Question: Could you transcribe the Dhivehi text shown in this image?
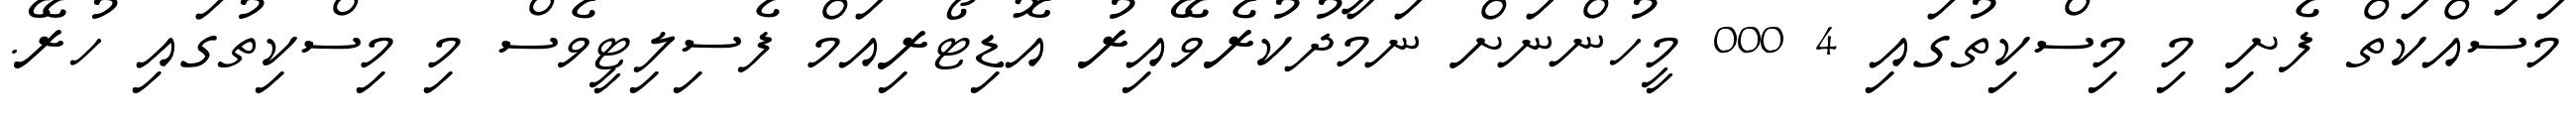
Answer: މަސައްކަތް ފެށި މި މިސްކިތުގައި 4 000 މީހުންނަށް ނަމާދުކުރެވޭއިރު އޮޑިޓޯރިއަމް ފެސިލިޓީވެސް މި މިސްކިތުގައި ހުރޭ.